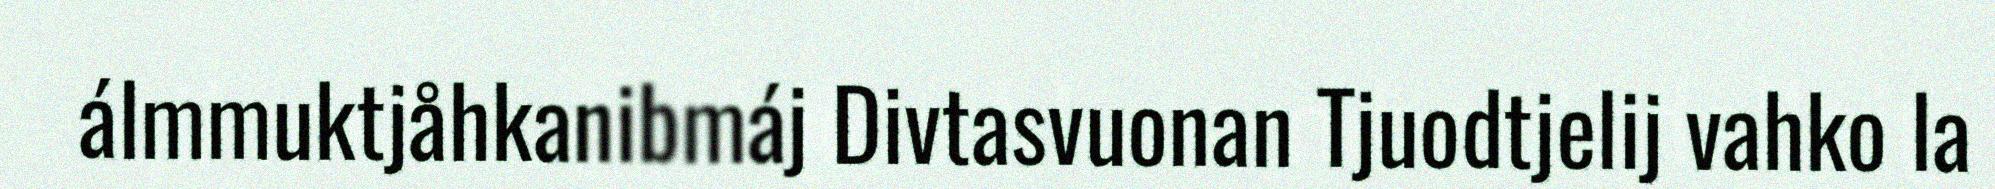
álmmuktjåhkanibmáj Divtasvuonan Tjuodtjelij vahko la